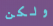
ولكن